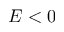
E < 0